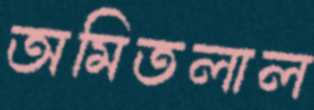
অমিতলাল